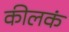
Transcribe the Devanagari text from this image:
कीलकं